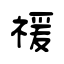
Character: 禐